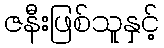
ဇနီးဖြစ်သူနှင့်